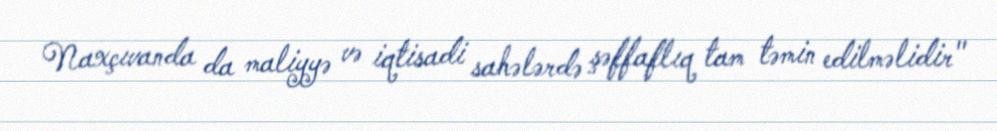
Naxçıvanda da maliyyə və iqtisadi sahələrdə şəffaflıq tam təmin edilməlidir"